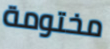
مختومة